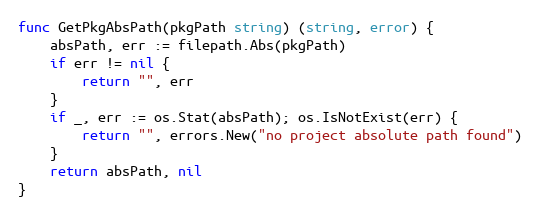
Language: Go
func GetPkgAbsPath(pkgPath string) (string, error) {
	absPath, err := filepath.Abs(pkgPath)
	if err != nil {
		return "", err
	}
	if _, err := os.Stat(absPath); os.IsNotExist(err) {
		return "", errors.New("no project absolute path found")
	}
	return absPath, nil
}